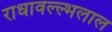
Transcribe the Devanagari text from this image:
राधावल्ल्भलाल